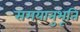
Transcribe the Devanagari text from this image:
समयानुभूति